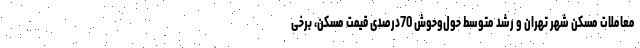
معاملات مسکن شهر تهران و رشد متوسط حول‌و‌حوش 70درصدی قیمت مسکن، برخی